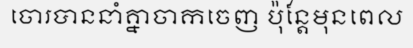
ចោរបាននាំគ្នាចាកចេញ ប៉ុន្តែមុនពេល